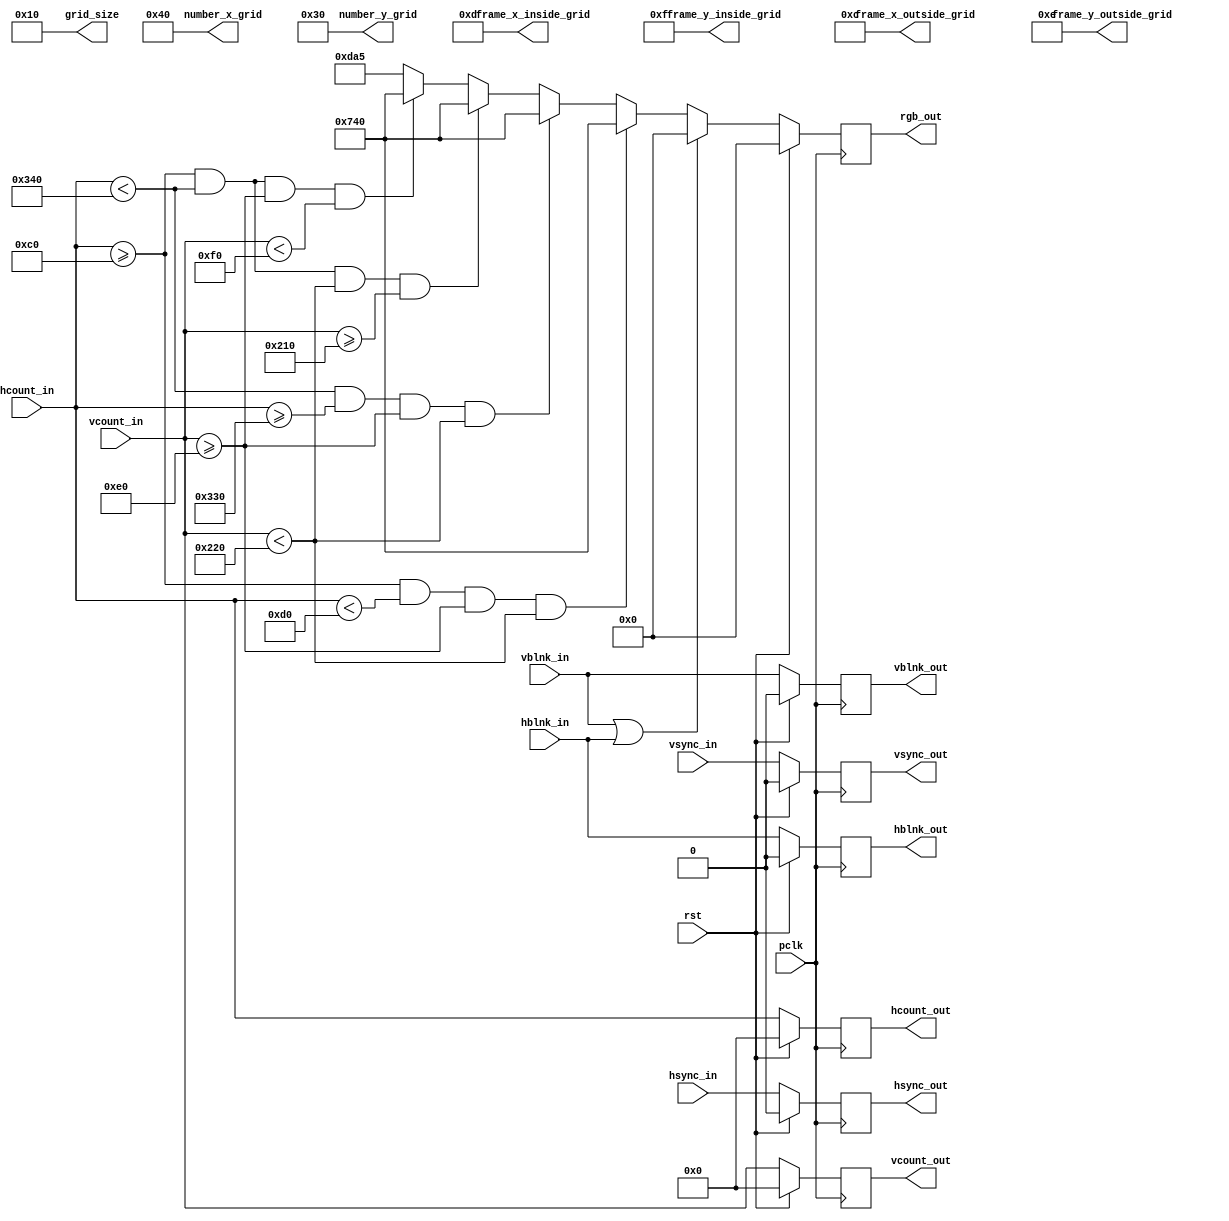
`timescale 1ns / 1ps
//////////////////////////////////////////////////////////////////////////////////
// Company: AGH
// 
// Design Name: 
// Module Name: draw_background
// Project Name: Entliczek pentliczek
// Target Devices: 
// Tool Versions: 
// Description: Rysowanie jasnego ta i brzowej ramki
// 
// Dependencies: 
// 
// Revision:
// Revision 0.01 - File Created
// Additional Comments:
// 
//////////////////////////////////////////////////////////////////////////////////


module draw_background(
    input wire [10:0] hcount_in,
    input wire hsync_in,
    input wire hblnk_in,
    input wire [10:0] vcount_in,
    input wire vsync_in,
    input wire vblnk_in,
    input wire rst,
    input wire pclk,
    output reg [10:0] hcount_out,
    output reg hsync_out,
    output reg hblnk_out,
    output reg [10:0] vcount_out,
    output reg vsync_out,
    output reg vblnk_out,
    output reg [11:0] rgb_out,
    output wire [6:0] frame_x_inside_grid,
    output wire [5:0] frame_y_inside_grid,
    output wire [6:0] frame_x_outside_grid,
    output wire [5:0] frame_y_outside_grid,
    output wire [6:0] number_x_grid,
    output wire [5:0] number_y_grid,
    output wire [9:0] grid_size
);
    
    localparam 
        HOR_PIX       = 1024,
        VER_PIX       = 768,
        GRID_SIZE     = 16,
        NUMBER_X_GRID = (HOR_PIX/GRID_SIZE),
        NUMBER_Y_GRID = (VER_PIX/GRID_SIZE),
        FRAME_WIDTH   = 1, // in grids
        FRAME_X_SIZE  = 40, // in grids
        FRAME_Y_SIZE  = 20, // in grids
        FRAME_X_OUTSIDE = ((HOR_PIX - (FRAME_X_SIZE*GRID_SIZE))/2),
        FRAME_Y_OUTSIDE = ((VER_PIX - (FRAME_Y_SIZE*GRID_SIZE))/2),
        FRAME_X_INSIDE  = (FRAME_X_OUTSIDE + FRAME_WIDTH*GRID_SIZE),
        FRAME_Y_INSIDE  = (FRAME_Y_OUTSIDE + FRAME_WIDTH*GRID_SIZE),
        BORDER_COLOR = 12'h7_4_0,
        BACKGROUND_COLOR = 12'hd_a_5;

    reg [11:0] rgb_nxt;

    assign frame_x_inside_grid = (FRAME_X_INSIDE/GRID_SIZE);
    assign frame_y_inside_grid = (FRAME_Y_INSIDE/GRID_SIZE);
    assign frame_x_outside_grid = (FRAME_X_OUTSIDE/GRID_SIZE);
    assign frame_y_outside_grid = (FRAME_Y_OUTSIDE/GRID_SIZE);
    assign number_x_grid = NUMBER_X_GRID;
    assign number_y_grid = NUMBER_Y_GRID;
    assign grid_size = GRID_SIZE;

always @(posedge pclk) begin
    if(rst) begin
        hcount_out <= 0;
        hsync_out <= 0;
        hblnk_out <= 0;
        vcount_out <= 0;
        vsync_out <= 0;
        vblnk_out <= 0;
        rgb_out <= 0;
    end
    else begin
        hcount_out <= hcount_in;
        hsync_out <= hsync_in;
        hblnk_out <= hblnk_in;
        vcount_out <= vcount_in;
        vsync_out <= vsync_in;
        vblnk_out <= vblnk_in;
        rgb_out <= rgb_nxt;
    end        
end

always @* begin
    if (vblnk_in || hblnk_in) rgb_nxt = 12'h0_0_0; 
    else begin
        if((hcount_in >= FRAME_X_OUTSIDE) && (hcount_in < FRAME_X_INSIDE) && (vcount_in >= FRAME_Y_OUTSIDE) && (vcount_in < (FRAME_Y_OUTSIDE + FRAME_Y_SIZE*GRID_SIZE)))
            rgb_nxt = BORDER_COLOR;
        else  if((hcount_in < (HOR_PIX - FRAME_X_OUTSIDE)) && (hcount_in >= (HOR_PIX - FRAME_X_INSIDE)) && (vcount_in >= FRAME_Y_OUTSIDE) && (vcount_in < (FRAME_Y_OUTSIDE + FRAME_Y_SIZE*GRID_SIZE)))
            rgb_nxt = BORDER_COLOR;
        else if((hcount_in >= FRAME_X_OUTSIDE) && (hcount_in < (FRAME_X_OUTSIDE + FRAME_X_SIZE*GRID_SIZE)) && (vcount_in < (VER_PIX - FRAME_Y_OUTSIDE)) && (vcount_in >= (VER_PIX - FRAME_Y_INSIDE)))
            rgb_nxt = BORDER_COLOR;
        else if((hcount_in >= FRAME_X_OUTSIDE) && (hcount_in < (FRAME_X_OUTSIDE + FRAME_X_SIZE*GRID_SIZE)) && (vcount_in >= FRAME_Y_OUTSIDE) && (vcount_in < FRAME_Y_INSIDE))
            rgb_nxt = BORDER_COLOR;
        else
            rgb_nxt = BACKGROUND_COLOR;   
    end            
end

endmodule